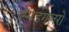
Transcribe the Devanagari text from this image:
स्मडगलरों